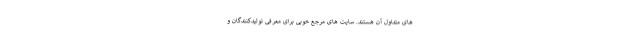
های متداول آن هستند. سایت های مرجع خوبی برای معرفی تولیدکنندگان و